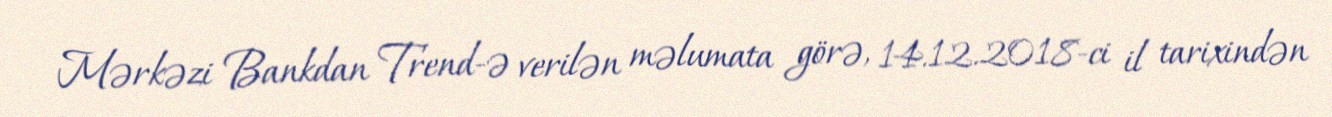
Mərkəzi Bankdan Trend-ə verilən məlumata görə, 14.12.2018-ci il tarixindən